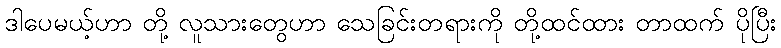
ဒါပေမယ့်ဟာ တို့ လူသားတွေဟာ သေခြင်းတရားကို တို့ထင်ထား တာထက် ပိုပြီး